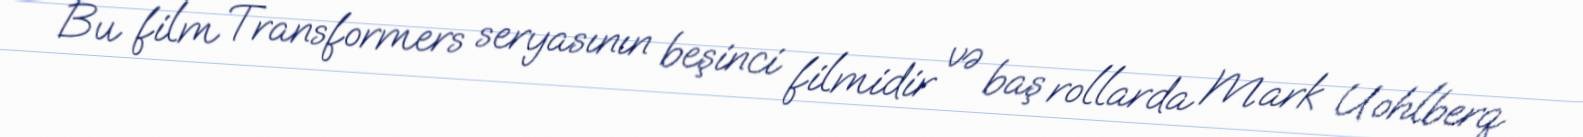
Bu film Transformers seryasının beşinci filmidir və baş rollarda Mark Uohlberq